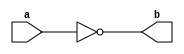
module NotGate(a,b) ;

output b ;
input a ;

nand(b,a,a) ;

endmodule 

module AndGate(a,b,c) ;

output c ;
input a,b ;
wire x ;

nand(x,a,b) ;
nand(c,x,x) ; 

endmodule 

module OrGate(a,b,c) ;

output c ;
input a,b ;
wire x,y ;

nand(x,a,a) ;
nand(y,b,b) ;
nand(c,x,y) ;

endmodule 

module Mux2x1(a,b,s,c) ;

output c ;
input a,b,s ;
wire x,y,z ;

NotGate NG_1(s,z );
AndGate AG_1(a,z,x) ;
AndGate AG_2(b,s,y) ;
OrGate OG_1(x,y,c) ;

endmodule 

module Nand3(a,b,c,o) ;

output o ;
input a,b,c ;
wire x,y ;

AndGate A(a,b,x) ;
AndGate B(x,c,y) ;
NotGate C(y,o) ;

endmodule 

module DLatchWR(d,c,q,q_,re) ;

output q,q_ ;
input d,c,re ;
wire c_,s,r,x,y,re_ ;

AndGate S(d,d,s) ;
NotGate R(d,r) ;

nand(x,c,s) ;
nand(y,c,r) ;
Nand3 N1(q_,x,1'b1,q) ;
Nand3 N2(q,y,re,q_) ;

endmodule 

module DFlipFlopFEAResetHigh(d,c,q,q_,re) ;

output q,q_ ;
input d,c,re ;
wire re_,Q,Q_ ;

NotGate R(re,re_) ;
NotGate N(c,c_) ;

DLatchWR D1(d,c,Q,Q_,re_) ;
DLatchWR D2(Q,c_,q,q_,re_) ;

endmodule